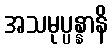
အသမုပ္ပန္နာနိ